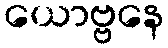
ယောဗ္ဗနေ